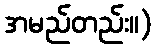
အမည်တည်း။)